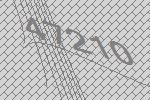
47210